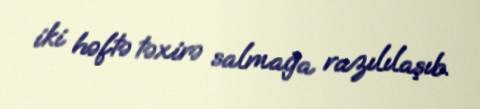
iki həftə təxirə salmağa razılılaşıb.